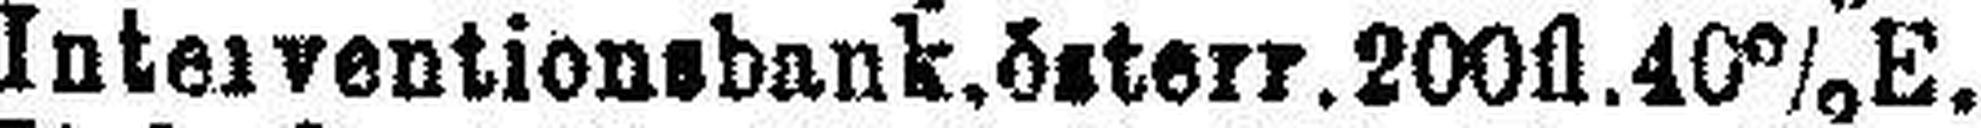
Interventionsbank. österr. 200fl. 40% E.